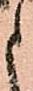
申